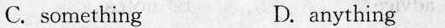
C.something D.anything